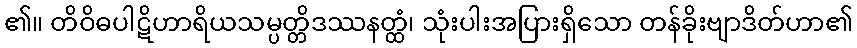
၏။ တိဝိဓပါဋိဟာရိယသမ္ပတ္တိဒဿနတ္ထံ၊ သုံးပါးအပြားရှိသော တန်ခိုးဗျာဒိတ်ဟာ၏